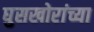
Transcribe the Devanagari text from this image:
घुसखोरांच्या